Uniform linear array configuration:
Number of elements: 8
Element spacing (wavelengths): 0.25
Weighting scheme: hamming
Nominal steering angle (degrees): -45
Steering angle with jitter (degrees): -45.49
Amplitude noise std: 0.05
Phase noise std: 0.05

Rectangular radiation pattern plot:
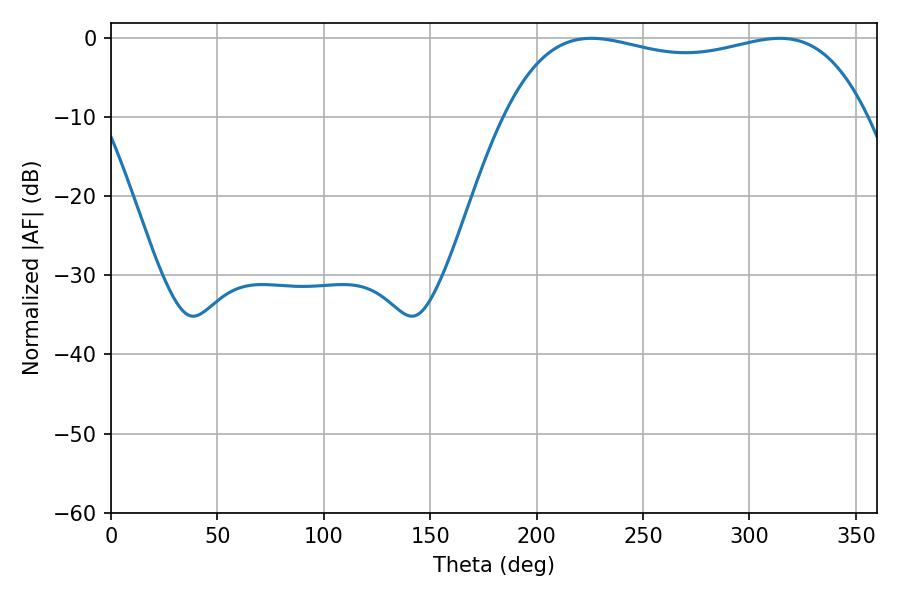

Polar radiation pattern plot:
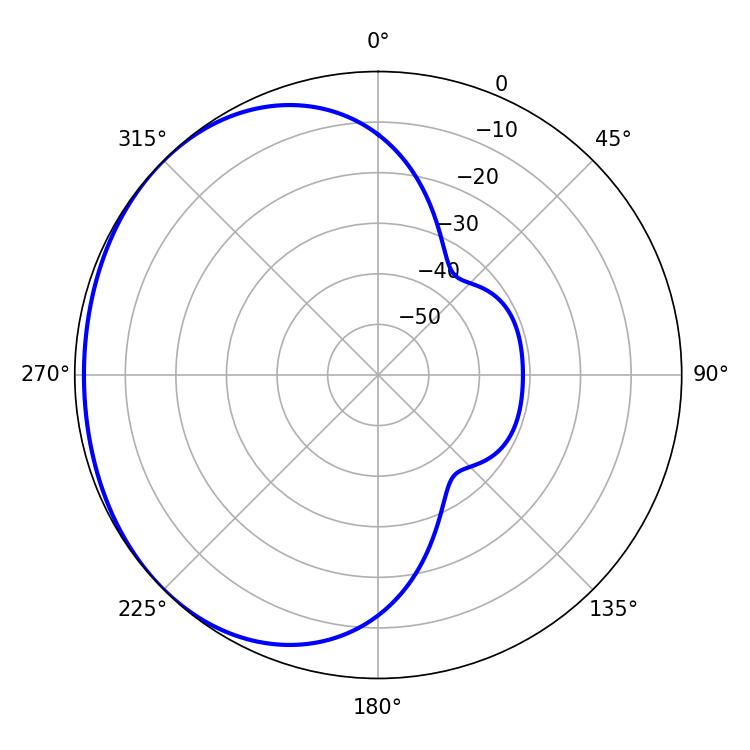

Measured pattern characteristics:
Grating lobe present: FALSE
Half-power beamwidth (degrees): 137.88
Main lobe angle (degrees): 225.72